Kambja_algkool, lk 72
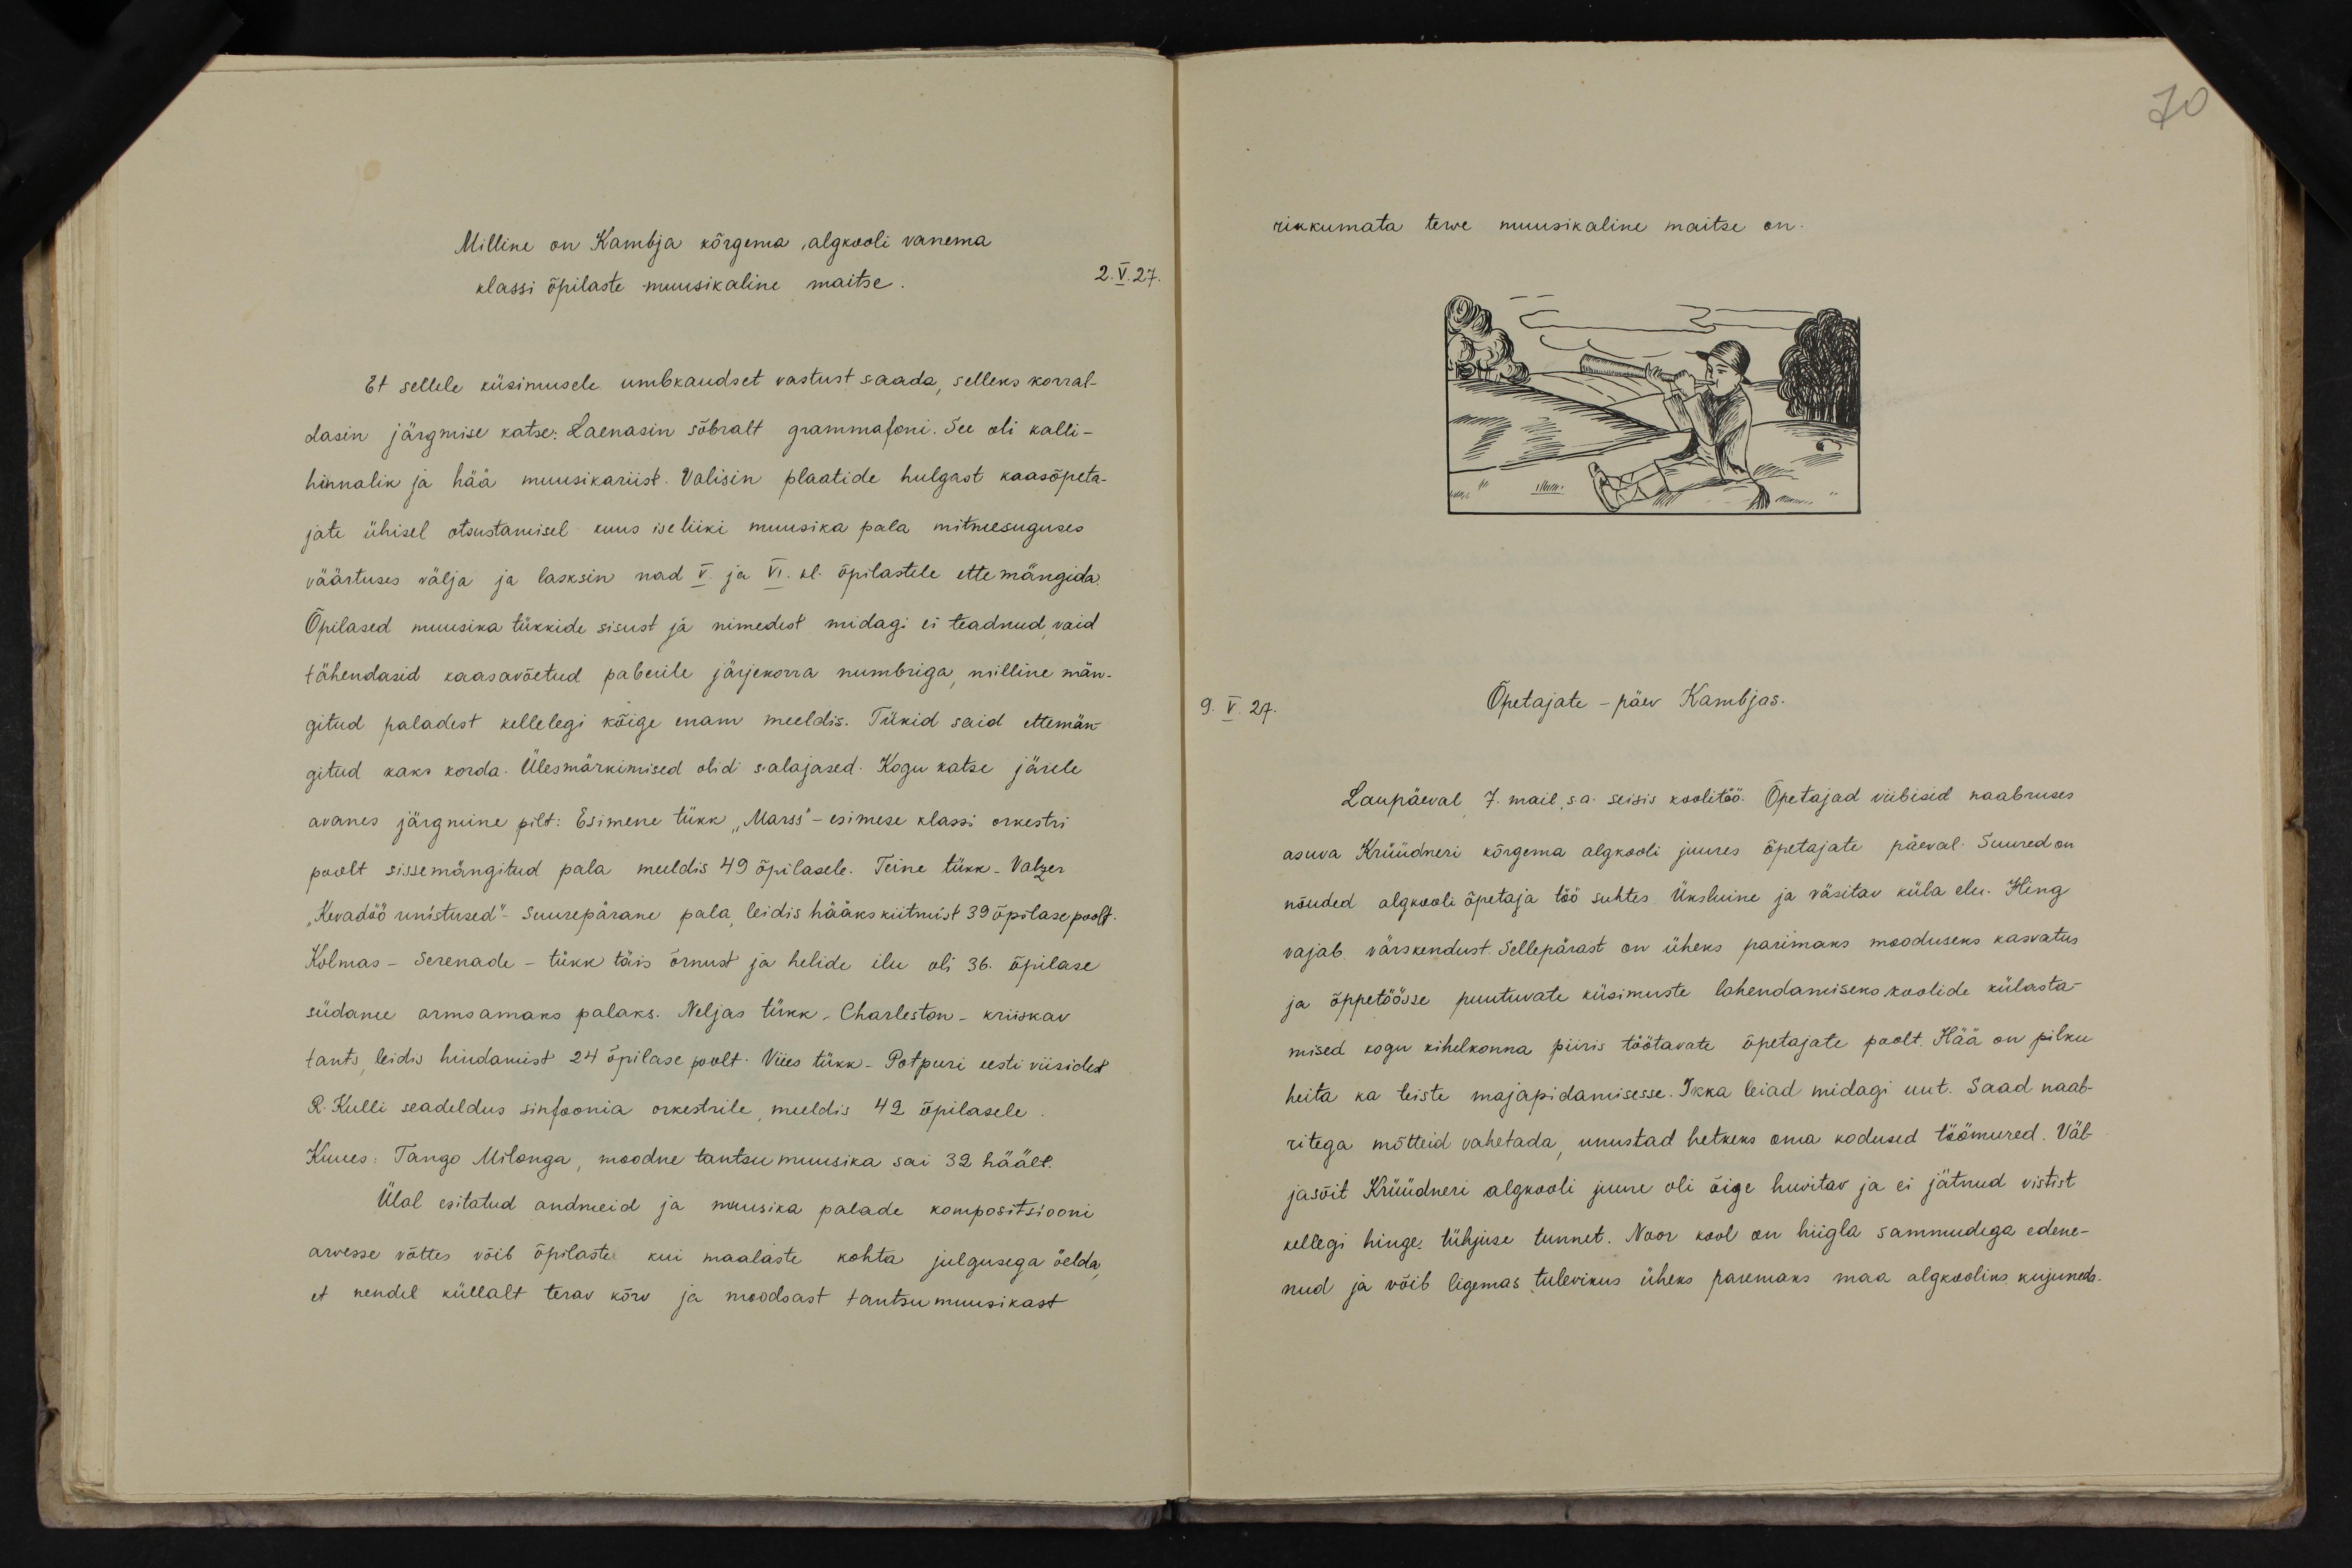
70

Milline on Kambja kõrgema, algkooli vanema
klassi õpilaste muusikaline maitse.
2.V.27.
Et sellele küsimusele ümbkaudset vastust saada, selleks korral-
dasin järgmise katse: Laenasin sõbralt grammafoni. See oli kalli-
hinnalik ja hää muusikariist. Valisin plaatide hulgast kaasõpeta-
jate ühisel otsustamisel kuus ise liiki muusika pala mitmesuguses
väärtuses välja ja lasksin nad V. ja VI. kl. õpilastele ette mängida.
Õpilased muusika tükkide sisust ja nimedest midagi ei teadnud, vaid
tähendasid kaasavõetud paberile järjekorra numbriga, milline män-
gitud paladest kellelegi kõige enam meeldis. Tükid said ettemän-
gitud kaks korda. Ülesmärkimised olid salajased. Kogu katse järele
avanes järgmine pilt: Esimene tükk "Marss" - esimese klassi orkestri
poolt sissemängitud pala meeldis 49 õpilasele. Teine tükk- Valzer
"Kevadöö unistused"- Suurepärane pala, leidis hääkskiitmist 39 õpilase poolt.
Kolmas - Serenade - tükk täis õrnust ja helide ilu oli 36. õpilase
südame armsamaks palaks. Neljas tükk - Charleston - kriiskav
tants, leidis hindamist 24 õpilase poolt- Viies tükk - Potpuri eesti viisidel
R. Kulli seadeldus sinfoonia orkestrile, meeldis 42 õpilasele.
Kuues: Tango Milongs, moodne tantsu muusika sai 32 häält.
Ülal esitatud andmeid ja muusika palade kompositsiooni-
arvesse võttes võib õpilastel kui maalaste kohta julgusega öelda,
et nendel küllalt terav kõrv ja moodsast tantsumuusikast

rikkumata terve muusikaline maitse on.
9.V.27.
Õpetajate-päev Kambjas.
Laupäeval, 7. mail, s.a. seisis koolitöö. Õpetajad viibisid naabruses
asuva Krüüdneri kõrgema algkooli juures õpetajate päeval. Suured on
nõuded algkooli õpetaja töö suhtes. Üksluine ja väsitav küla elu. Hing
vajab värskendust. Sellepärast on üheks parimaks mooduseks kasvatus
ja õppetööse puutuvate küsimuste lahendamiseks koolide külasta-
mised kogu kihelkonna piiris töötavate õpetajate poolt. Hää on pilku
heita ka teiste majapidamisesse. Ikka leiad midagi uut. Saad naab-
ritega mõtteid vahetada, unustad hetkeks oma kodused töömured. Väl-
jasõit Krüüdneri algkooli juure oli õige huvitav ja ei jätnud vistist
kellegi hinge tühjuse tunnet. Noor kool on hiigla sammudega edene-
nud ja võib ligemas tulevikus üheks paremaks maa algkooliks kujundis.